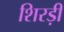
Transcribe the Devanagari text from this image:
शिरड़ी